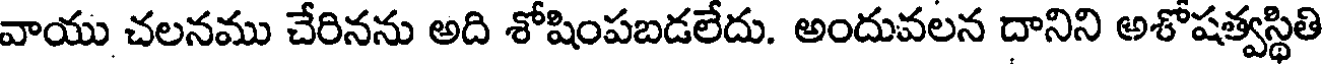
వాయు చలనము చేరినను అది శోషింపబడలేదు. అందువలన దానిని అశోషత్వస్థితి